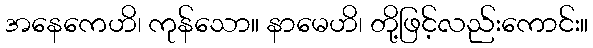
အနေကေဟိ၊ ကုန်သော။ နာမေဟိ၊ တို့ဖြင့်လည်းကောင်း။